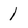
Character: l